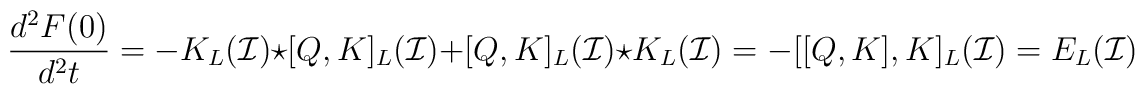
\frac{d^2F(0)}{d^2t}=-K_L(\mathcal{I})\star[Q,K]_L(\mathcal{I})+[Q,K]_L(\mathcal{I})\star K_L(\mathcal{I})=-[[Q,K],K]_L(\mathcal{I})=E_L(\mathcal{I})